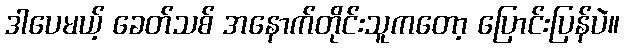
ဒါပေမယ့် ခေတ်သစ် အနောက်တိုင်းသူကတော့ ပြောင်းပြန်ပဲ။